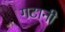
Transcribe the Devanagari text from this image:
गटानी